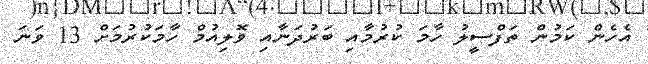
އެހެން ކަމުން ތަފްސީލު ހާމަ ކުރުމާއި ބަރުދަނާއި ވޮލިއުމް ހާމަކުރުމަށް 13 ވަނަ